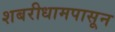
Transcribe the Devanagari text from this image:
शबरीधामपासून